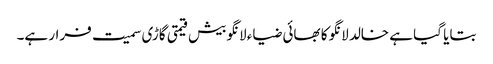
بتایا گیا ہے خالد لانگو کا بھائی ضیاء لانگو بیش قیمتی گاڑی سمیت فرار ہے۔